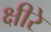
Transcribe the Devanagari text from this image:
क्षीरे